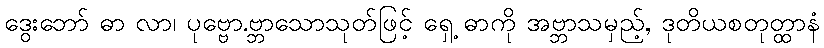
ဒွေးဘော် ဓာ လာ၊ ပုဗ္ဗော.ဗ္ဘာသောသုတ်ဖြင့် ရှေ့ ဓာကို အဗ္ဘာသမှည့်, ဒုတိယစတုတ္ထာနံ